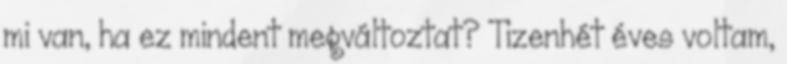
mi van, ha ez mindent megváltoztat? Tizenhét éves voltam,